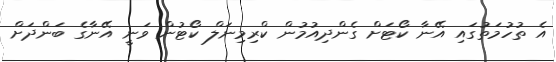
އެ ތުހުމަތުގައި އޭނާ ކޯޓަށް ގެންދިއުމުން ކްރިމިނަލް ކޯޓުން ވަނީ އޭނާގެ ބަންދަށް